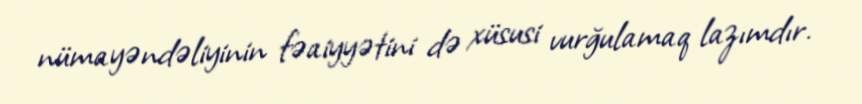
nümayəndəliyinin fəaiyyətini də xüsusi vurğulamaq lazımdır.